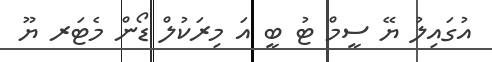
އުގައިލު ޔޭ ސީމް ޓު ބީ އަ މިރަކުލް ޑޯން މެޓަރ ޔޫ